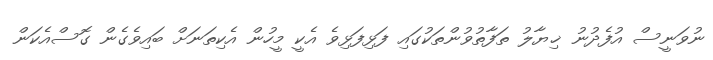
ނުވަނީސް އުފެދުނު ޚިޔާލު ތަފާތުވުންތަކުގައި ފަޅިފަޅިވެ އެކީ މީހުން އެކިތަނަށް ބައިވެގެން ގޮސްއެކަން